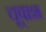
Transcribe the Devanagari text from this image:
चूवाश